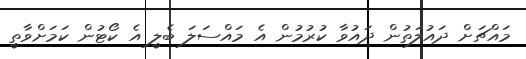
މައްޗަށް ދައުލަތުން ދައުވާ ކުރުމުން އެ މައްސަލަ ބެލީ އެ ކޯޓުން ކަމަށްވާތީ